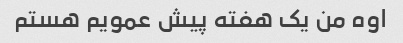
اوه من یک هفته پیش عمویم هستم